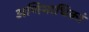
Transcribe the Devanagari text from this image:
अणिमाधिकां